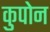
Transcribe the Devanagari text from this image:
कुपोन